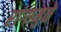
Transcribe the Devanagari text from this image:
रांगामुळे